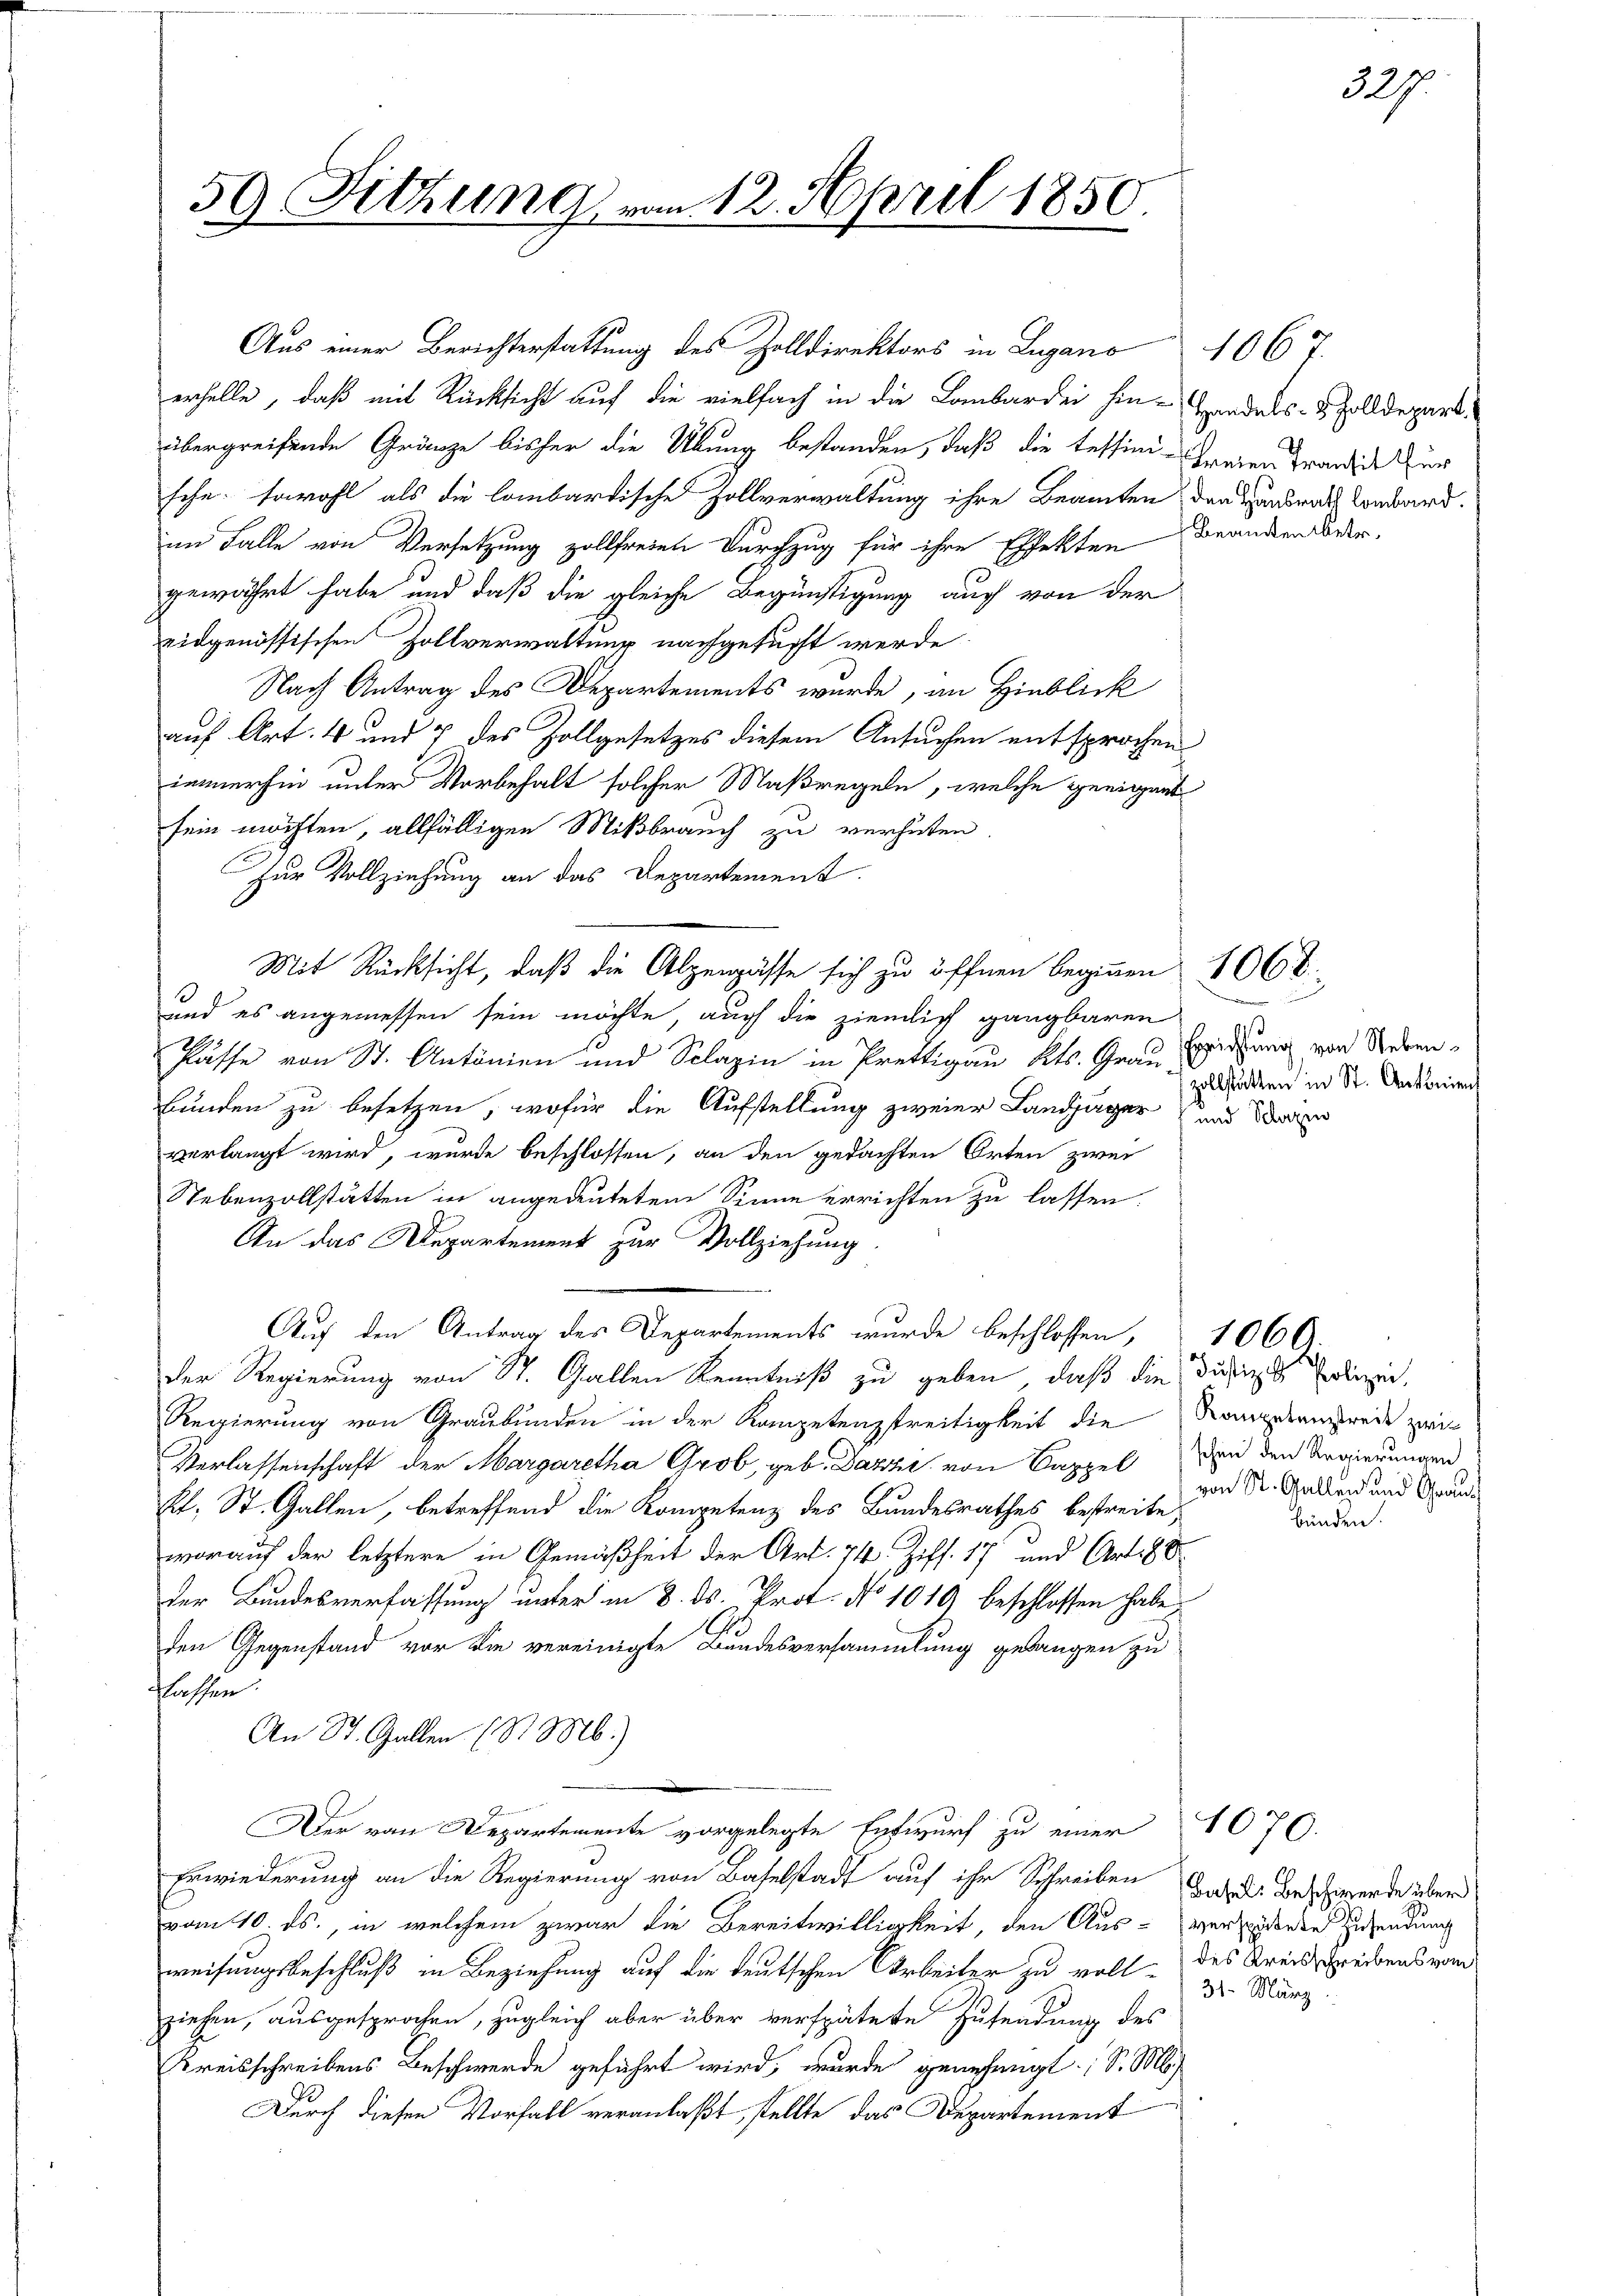
59 Fitzung vom 12. April 1850

Aus einer Berichterstattung des Zolldirektors in Lugano
erhelle, daß mit Rücksicht auf die vielfach in die Lombardei hin-Handels- & Zolldepart
übergreifende Gränze bisher die Übung bestanden, daß die Tessini freien trandis un
sche, sowohl als die lombardische Zollverwaltung ihre Beamten den Handrat Landward.
im Falle von Versetzung zollfreien Durchzug für ihre Effekten
gewährt habe und daß die gleiche Begünstigung auch von der
eidgenössischen Zollverwaltung nachgesucht werde
Nach Antrag des Departements wurde, an Hinblick
auf Art. 4 und 7 des Zollgesetzes diesem Ansuchen entsprochen
immerhin unter Vorbehalt solcher Maßregeln, welche geeignet
sein möchten, allfälligen Mißbrauch zu verhüten
für Vollziehung an das Departement.
und es angemessen sein möchte, auch die ziemlich gangbaren
Pässe von St. Antonien und Schazin in Prettigau Kts. Grau Erziehung von Nebenbunden zu besetzen, wofür die Aufstellung zweier Landjäger und die
verlangt wird, wurde beschlossen, an den gedachten Orten zwei
Nebenzollstätten in angedeuteten Sinne errichten zu lassen.
An das Departement zur Vollziehung
Auf den Antrag des Departements wurde beschlossen,
der Regierung von St. Gallen Kenntniß zu geben, daß die Dufige Polizei,
Regierung von Graubünden in der Kompetenzstreitigkeit die Kongrenzweit zwis
Verlassenschaft der Margaretha Grob, geb. Dazzi von Cappel
kl. St. Gallen, betreffend die Kompetenz des Bundesrathes bestreite,
worauf der letztere in Gemäßheit der Art. 74. Ziff. 17 und Art 188
der Bundesverfassung unter in 8. ds. Prot. No 1010 beschlossen habe.
den Gegenstand vor die vereinigte Bundesversammlung gelangen zu
lassen.
An St. Gallen (S. M.)
Der von Departemente vorgelegte Entwurf zu einer
Erwiederung an die Regierung von Baselstadt auf ihr Schreiben das u. Beschwerde über
vom 10. ds., in welchem zwar die Bereitwilligkeit, den Aus-versidente Zusendung
weisungsbeschluß in Beziehung auf die deutschen Arbeiter zu voll des Kreisschreibens vom
ziehen, ausgesprochen, zugleich aber über verspätete Zusendung des
Kreisschreibens Beschwerde geführt wird, wurde genehmigt; S. M.
Durch diesen Vorfall veranlaßt, stellte, das Departement

Mit Rücksicht, daß die Alpenpässe sich zu öffnen beginnen 1068.

106
Beanten betr.

327.

emune
zollstätten in St. Antonien

schen den Regierungen
von St. Gallen und Graubünden.

1070.

1064.

31. März